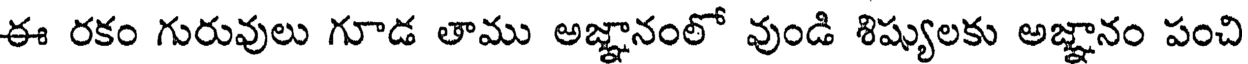
ఈ రకం గురువులు గూడ తాము అజ్ఞానంలో వుండి శిష్యులకు అజ్ఞానం పంచి